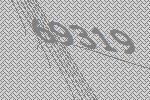
69319